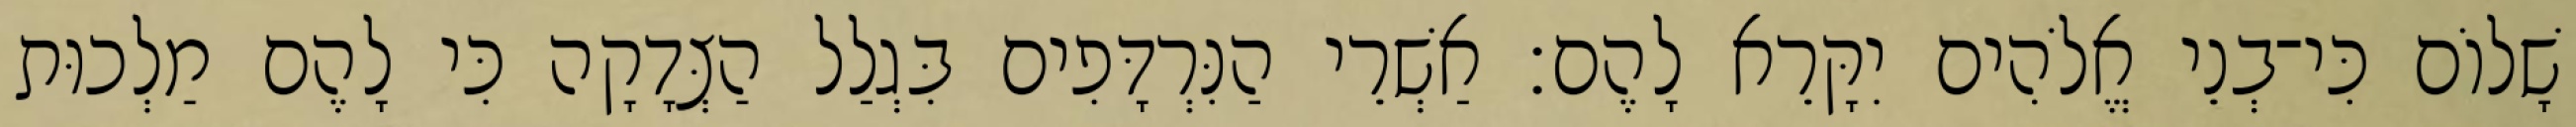
שָׁלוֹם כִּי־בְנֵי אֱלֹהִים יִקָּרֵא לָהֶם׃ אַשְׁרֵי הַנִּרְדָּפִים בִּגְלַל הַצְּדָקָה כִּי לָהֶם מַלְכוּת